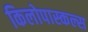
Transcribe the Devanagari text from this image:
किलोपास्कल्स